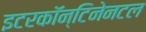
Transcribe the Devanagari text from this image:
इटरकॉन्टिनेनटल